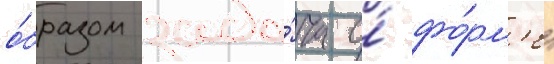
о́бразом зада́ча о́ фо́рм'е